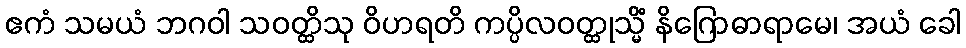
ဧကံ သမယံ ဘဂဝါ သဝတ္ထိသု ဝိဟရတိ ကပ္ပိလဝတ္ထုသ္မိံ နိဂြောဓာရာမေ၊ အယံ ခေါ